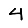
Digit: 4